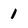
Character: 1